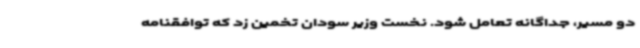
دو مسیر، جداگانه تعامل شود. نخست وزیر سودان تخمین زد که توافقنامه